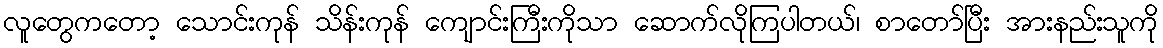
လူတွေကတော့ သောင်းကုန် သိန်းကုန် ကျောင်းကြီးကိုသာ ဆောက်လိုကြပါတယ်၊ စာတော်ပြီး အားနည်းသူကို